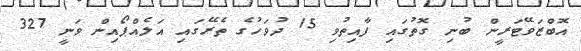
އޮބްޒަވޭޓަރީން ބުނި ގޮތުގައި ފާއިތުވި 15 ދުވަހުގެ ތެރޭގައި އަލެއްޕޯއިން ވަނީ 327